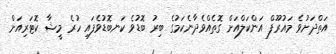
އަތްދަށުވެ މައުރޫފް އަންކަލްއަށް ގޮތެއްވެދާނެކަމުގެ ބިރު ބޮޑުވެ ކަނބޮޑުވެފައި ހުރެ މީޝާ ކޮޓަރިއަށް